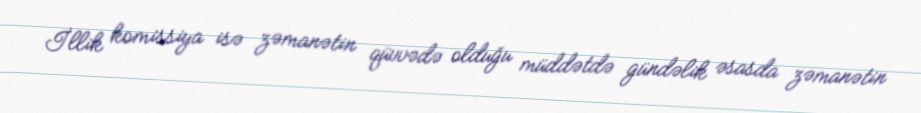
İllik komissiya isə zəmanətin qüvvədə olduğu müddətdə gündəlik əsasda zəmanətin